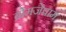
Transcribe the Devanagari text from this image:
ब्रोमजेपाम